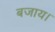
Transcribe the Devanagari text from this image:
बजाय।